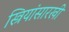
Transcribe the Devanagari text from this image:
स्त्रियांसारखी